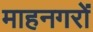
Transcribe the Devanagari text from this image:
माहनगरों